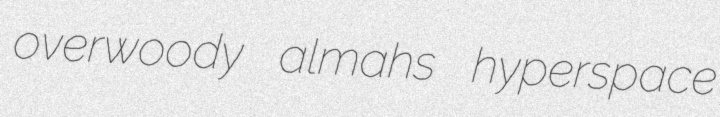
overwoody almahs hyperspace